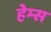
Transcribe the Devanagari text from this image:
हेम्‍स